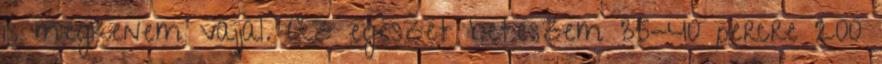
is megkenem vajjal. Az egészet beteszem 35-40 percre 200